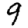
Digit: 9